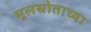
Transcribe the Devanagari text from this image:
मूलस्रोताच्या